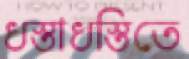
ধস্তাধস্তিতে